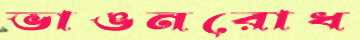
ভাঙনরোধ